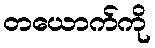
တယောက်ကို